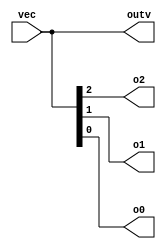
// This program was cloned from: https://github.com/milind7777/VerilogDocGen
// License: MIT License

module vector0(
  input [2:0] vec,
  output [2:0] outv,
  output o2,
  output o1,
  output o0

);

  assign outv = vec;
  assign {o2, o1, o0} = vec;

endmodule